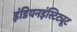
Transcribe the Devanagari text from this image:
इंडियनइंस्टिट्यूट